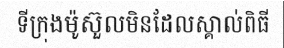
ទីក្រុងម៉ូស៊ួលមិនដែលស្គាល់ពិធី